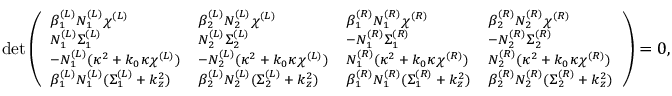
\footnotesize \operatorname* { d e t } \left( \begin{array} { l l l l } { \beta _ { 1 } ^ { ( L ) } N _ { 1 } ^ { ( L ) } \chi ^ { ( L ) } } & { \beta _ { 2 } ^ { ( L ) } N _ { 2 } ^ { ( L ) } \chi ^ { ( L ) } } & { \beta _ { 1 } ^ { ( R ) } N _ { 1 } ^ { ( R ) } \chi ^ { ( R ) } } & { \beta _ { 2 } ^ { ( R ) } N _ { 2 } ^ { ( R ) } \chi ^ { ( R ) } } \\ { N _ { 1 } ^ { ( L ) } \Sigma _ { 1 } ^ { ( L ) } } & { N _ { 2 } ^ { ( L ) } \Sigma _ { 2 } ^ { ( L ) } } & { - N _ { 1 } ^ { ( R ) } \Sigma _ { 1 } ^ { ( R ) } } & { - N _ { 2 } ^ { ( R ) } \Sigma _ { 2 } ^ { ( R ) } } \\ { - N _ { 1 } ^ { ( L ) } ( \kappa ^ { 2 } + k _ { 0 } \kappa \chi ^ { ( L ) } ) } & { - N _ { 2 } ^ { ( L ) } ( \kappa ^ { 2 } + k _ { 0 } \kappa \chi ^ { ( L ) } ) } & { N _ { 1 } ^ { ( R ) } ( \kappa ^ { 2 } + k _ { 0 } \kappa \chi ^ { ( R ) } ) } & { N _ { 2 } ^ { ( R ) } ( \kappa ^ { 2 } + k _ { 0 } \kappa \chi ^ { ( R ) } ) } \\ { \beta _ { 1 } ^ { ( L ) } N _ { 1 } ^ { ( L ) } ( \Sigma _ { 1 } ^ { ( L ) } + k _ { z } ^ { 2 } ) } & { \beta _ { 2 } ^ { ( L ) } N _ { 2 } ^ { ( L ) } ( \Sigma _ { 2 } ^ { ( L ) } + k _ { z } ^ { 2 } ) } & { \beta _ { 1 } ^ { ( R ) } N _ { 1 } ^ { ( R ) } ( \Sigma _ { 1 } ^ { ( R ) } + k _ { z } ^ { 2 } ) } & { \beta _ { 2 } ^ { ( R ) } N _ { 2 } ^ { ( R ) } ( \Sigma _ { 2 } ^ { ( R ) } + k _ { z } ^ { 2 } ) } \end{array} \right) = 0 ,